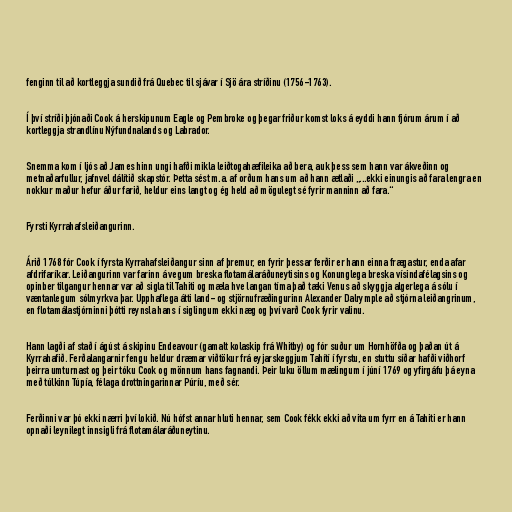
fenginn til að kortleggja sundið frá Quebec til sjávar í Sjö ára stríðinu (1756-1763).

Í því stríði þjónaði Cook á herskipunum Eagle og Pembroke og þegar friður komst loks á eyddi hann fjórum árum í að
kortleggja strandlínu Nýfundnalands og Labrador.

Snemma kom í ljós að James hinn ungi hafði mikla leiðtogahæfileika að bera, auk þess sem hann var ákveðinn og
metnaðarfullur, jafnvel dálítið skapstór. Þetta sést m.a. af orðum hans um að hann ætlaði „...ekki einungis að fara lengra en
nokkur maður hefur áður farið, heldur eins langt og ég held að mögulegt sé fyrir manninn að fara.“

Fyrsti Kyrrahafsleiðangurinn.

Árið 1768 fór Cook í fyrsta Kyrrahafsleiðangur sinn af þremur, en fyrir þessar ferðir er hann einna frægastur, enda afar
afdrifaríkar. Leiðangurinn var farinn á vegum breska flotamálaráðuneytisins og Konunglega breska vísindafélagsins og
opinber tilgangur hennar var að sigla til Tahiti og mæla hve langan tíma það tæki Venus að skyggja algerlega á sólu í
væntanlegum sólmyrkva þar. Upphaflega átti land- og stjörnufræðingurinn Alexander Dalrymple að stjórna leiðangrinum,
en flotamálastjórninni þótti reynsla hans í siglingum ekki næg og því varð Cook fyrir valinu.

Hann lagði af stað í ágúst á skipinu Endeavour (gamalt kolaskip frá Whitby) og fór suður um Hornhöfða og þaðan út á
Kyrrahafið. Ferðalangarnir fengu heldur dræmar viðtökur frá eyjarskeggjum Tahítí í fyrstu, en stuttu síðar hafði viðhorf
þeirra umturnast og þeir tóku Cook og mönnum hans fagnandi. Þeir luku öllum mælingum í júní 1769 og yfirgáfu þá eyna
með túlkinn Túpía, félaga drottningarinnar Púríu, með sér.

Ferðinni var þó ekki nærri því lokið. Nú hófst annar hluti hennar, sem Cook fékk ekki að vita um fyrr en á Tahiti er hann
opnaði leynilegt innsigli frá flotamálaráðuneytinu.